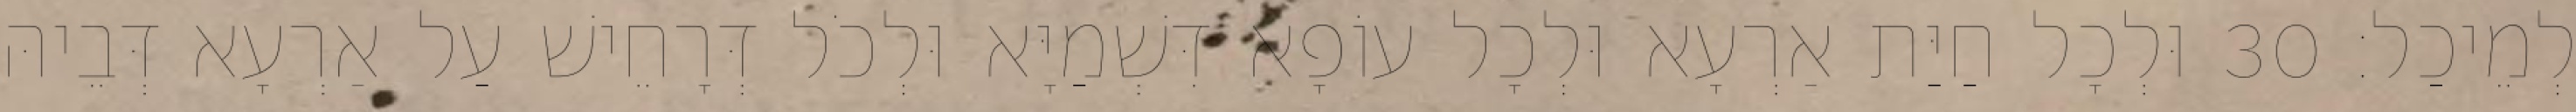
לְמֵיכַל׃ 30 וּלְכָל חַיַּת אַרְעָא וּלְכָל עוֹפָא דִּשְׁמַיָּא וּלְכֹל דְּרָחֵישׁ עַל אַרְעָא דְּבֵיהּ